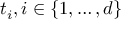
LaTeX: t _ { i } , i \in \{ 1 , \ldots , d \}